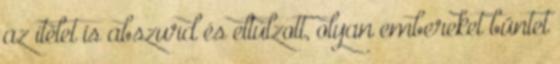
az ítélet is abszurd és eltúlzott, olyan embereket büntet